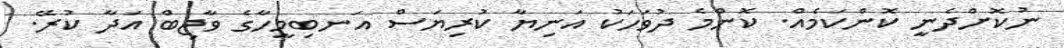
ނުކޮށްދެނީ ކޮންކަމެއް. ކޮންމެ ދުވަހަކު އަނިޔާ ކުރިޔަސް އަނބިމީހާގެ ވާޖިބް އަދާ ކުރޭ.